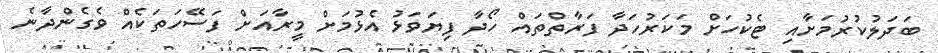
ބަދަލުކުރުމަށާއި ޓެކުހަށް މަކަރުހަދާ ފަރާތްތައް ހޯދާ ފިޔަވަޅު އެޅުމަށް މީރާއަށް ފަސޭހަތަކެއް ވެގެންދާނެ